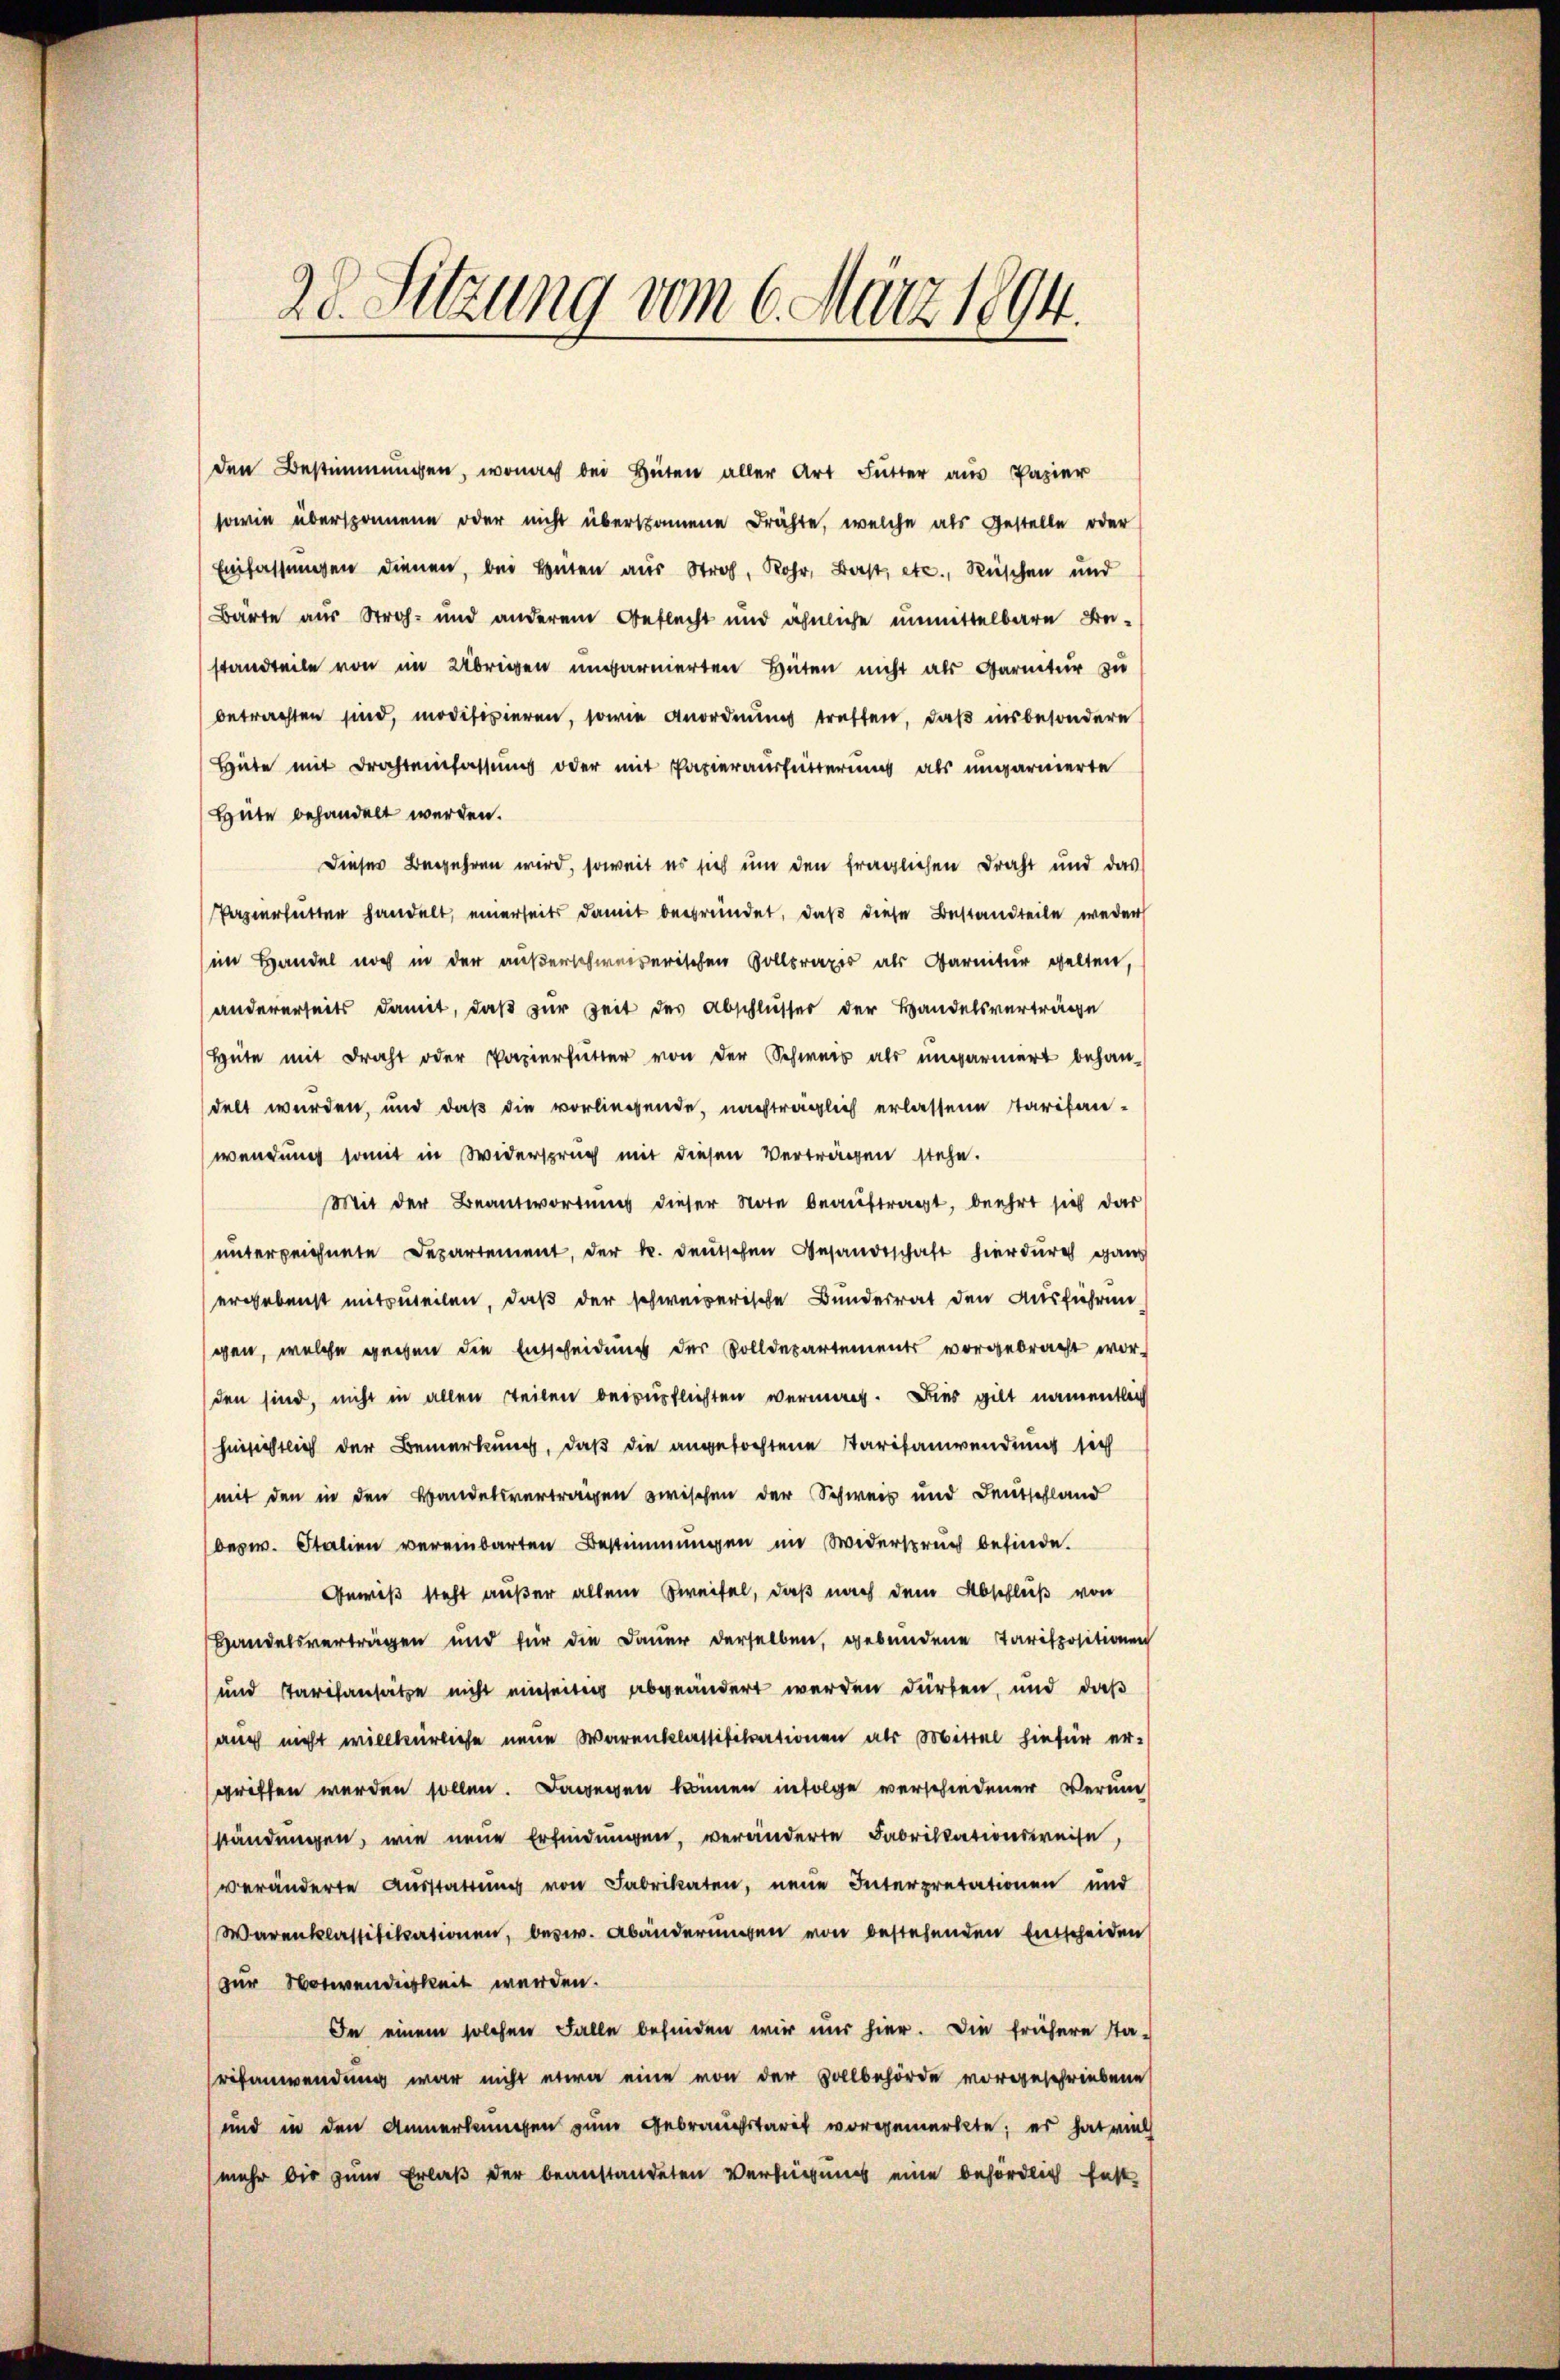
20. Sitzung vom 6. März 1894.

den Bestimmungen, wonach bei Hüten aller Art Futter aus Papier
sowie übersponnene oder nicht übersammene drähte, welche als Gestelle oder
Einfassungen dienen, bei Heuten aus Stroh, Rohr, Bast, etc., Rüschen und
Bärte aus Stroh und anderem Geflecht und ähnliche unmittelbare Beistandteile von im Übrigen unparnierten Hüten nicht als Paritur zu
betrachten sind, modifizieren, sowie Anordnung treffen, daß insbesondere
Hüte mit Drahteinfassung oder mit Papierausfütterung als ungarnierte
Hüte behandelt werden.
Dieser Begehren wird, soweit es sich um den fraglichen Draht und das
Papierheitter handelt, einerseits damit begründet, daß diese Bestandteile weder
im Handel noch in der außerschweizerischen Vollpraxis als Garnitur gelten
andererseits damit, daß zur Zeit des Abschlusses der Handelsverträge
Hüte mit draht oder Papierfütter von der Schweis als ungarmert behan-
delt wurden, und daß die vorliegende, nachträglich erlassene Tarifanwendung somit in Widerspruch mit diesen Verträgen stehe.
Mit der Beantwortung dieser Note beaŭftragt, beehrt sich das
unterzeichnete Departement, der k. deutschen Gesandtschaft hierdurch ganz
ergebenst mitzuteilen, daß der schweizerische Bundesrat den Ausführun
gen, welche gegen die Entscheidung der Solldepartements vorgebracht wor-
den sind, nicht in allen Teilen beiwürflichten vermag. Dies gilt namentlich
hinsichtlich der Bemerkung, daß die angefochtene Parisanwendung sich
mit den in den Bandelsvertragen zwischen der Schweis und Deutschland
bezw. Italien vereinbarten Bestimmungen im Widerspruch befinde.
Gewiß steht außer allein Zweifel, daß nach dem Abschluß von
Handelsverträgen und für die Dauer derselben, gebundene Parispositionen
und Taritansatze nicht einseitig abgeändert werden dürfen, und daß
auch nicht willkürliche neue Warenklassifikationen als Mittel hiefür er-
griffen werden sollen. Dawegen können infolge verschiedener Verun
ständungen, wie neue Erfindungen, veränderte Fabrikationsweise,
veränderte Aŭsstattŭng von Fabrikaten, neue Interpretationen und
Warenklassifikationen, bezw. Abänderungen von bestehenden Entscheiden
zur Notwendigkeit werden.
Da einem solchen Falle befinden wir nur hier. Die frühere Sta-
ritanwendung war nicht etwa eine von der Vollbehörde vorgeschriebene
und in den Anmerkenneren zum Gebrauchstarif vorgemerkte; es hat viel
mehr bis zum Erlaß der beanstandeten Verfügung eine behördlich fast